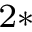
^ { 2 \ast }